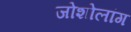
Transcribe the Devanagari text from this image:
जोशोलांग